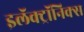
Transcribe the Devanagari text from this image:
इलॅक्ट्रॉनिक्स